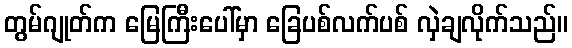
တွမ်ဂျုတ်က မြေကြီးပေါ်မှာ ခြေပစ်လက်ပစ် လှဲချလိုက်သည်။